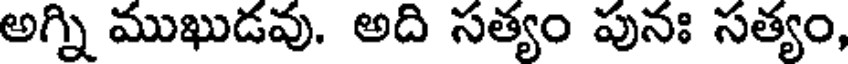
అగ్ని ముఖుడవు. అది సత్యం పునః సత్యం,